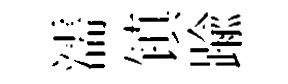
濡镇踰